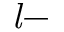
\it l -